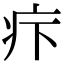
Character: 疜